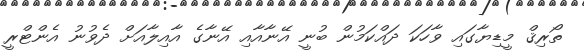
ތޯރިޤް މީޑިޔާގައި ވާހަކަ ދައްކަމުން ބުނީ އޭނާއާއި އޭނާގެ އާއިލާއަށް ދެވުނު އެންޓްރީ